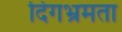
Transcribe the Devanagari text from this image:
दिगभ्रमता